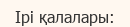
Ірі қалалары: